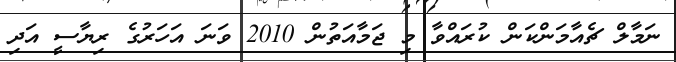
ނަމާލް ޗެއާމަންކަން ކުރައްވާ މި ޖަމާއަތުން 2010 ވަނަ އަހަރުގެ ރިޔާސީ އަދި